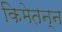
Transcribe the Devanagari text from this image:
किमेतन्न